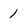
Character: 1